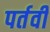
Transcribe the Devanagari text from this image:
पर्तवी